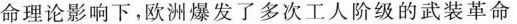
命理论影响下。欧洲爆发了多次工人阶级的武装革命